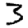
Digit: 3